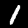
Label: 1